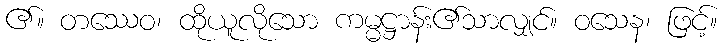
၏။ တဿေဝ၊ ထိုယူလိုသော ကမ္မဋ္ဌာန်း၏သာလျှင်။ ဝသေန၊ ဖြင့်။